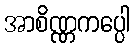
အာစိဏ္ဏကပ္ပေါ